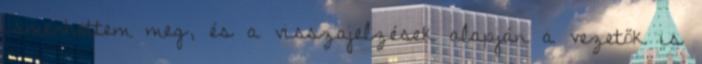
ismerhettem meg, és a visszajelzések alapján a vezetők is